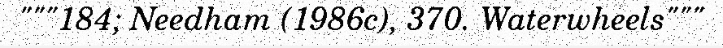
"""184; Needham (1986c), 370. Waterwheels"""